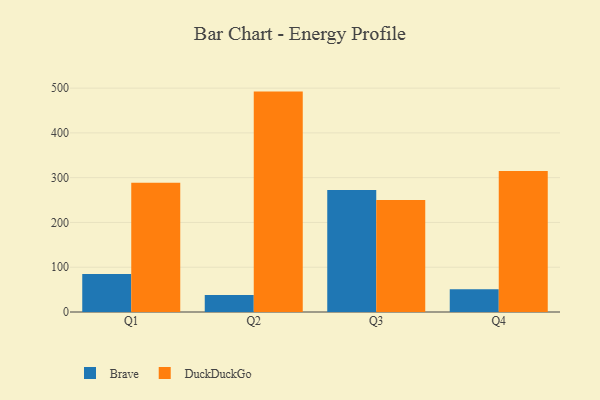
{"axis": {"x": "Quarter", "y": "Backlog"}, "legend": ["Brave", "DuckDuckGo"], "data": [{"x": "Q1", "y": 84.8, "type": "Brave"}, {"x": "Q1", "y": 288.8, "type": "DuckDuckGo"}, {"x": "Q2", "y": 37.7, "type": "Brave"}, {"x": "Q2", "y": 492.2, "type": "DuckDuckGo"}, {"x": "Q3", "y": 272.7, "type": "Brave"}, {"x": "Q3", "y": 250.0, "type": "DuckDuckGo"}, {"x": "Q4", "y": 50.6, "type": "Brave"}, {"x": "Q4", "y": 315.1, "type": "DuckDuckGo"}]}